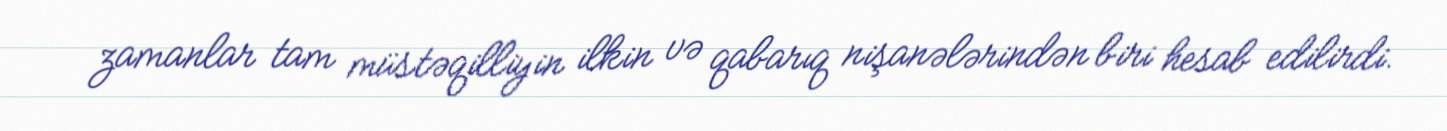
zamanlar tam müstəqilliyin ilkin və qabarıq nişanələrindən biri hesab edilirdi.